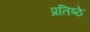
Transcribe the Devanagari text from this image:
प्रतिष्ठे